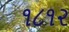
૧૮૧૨